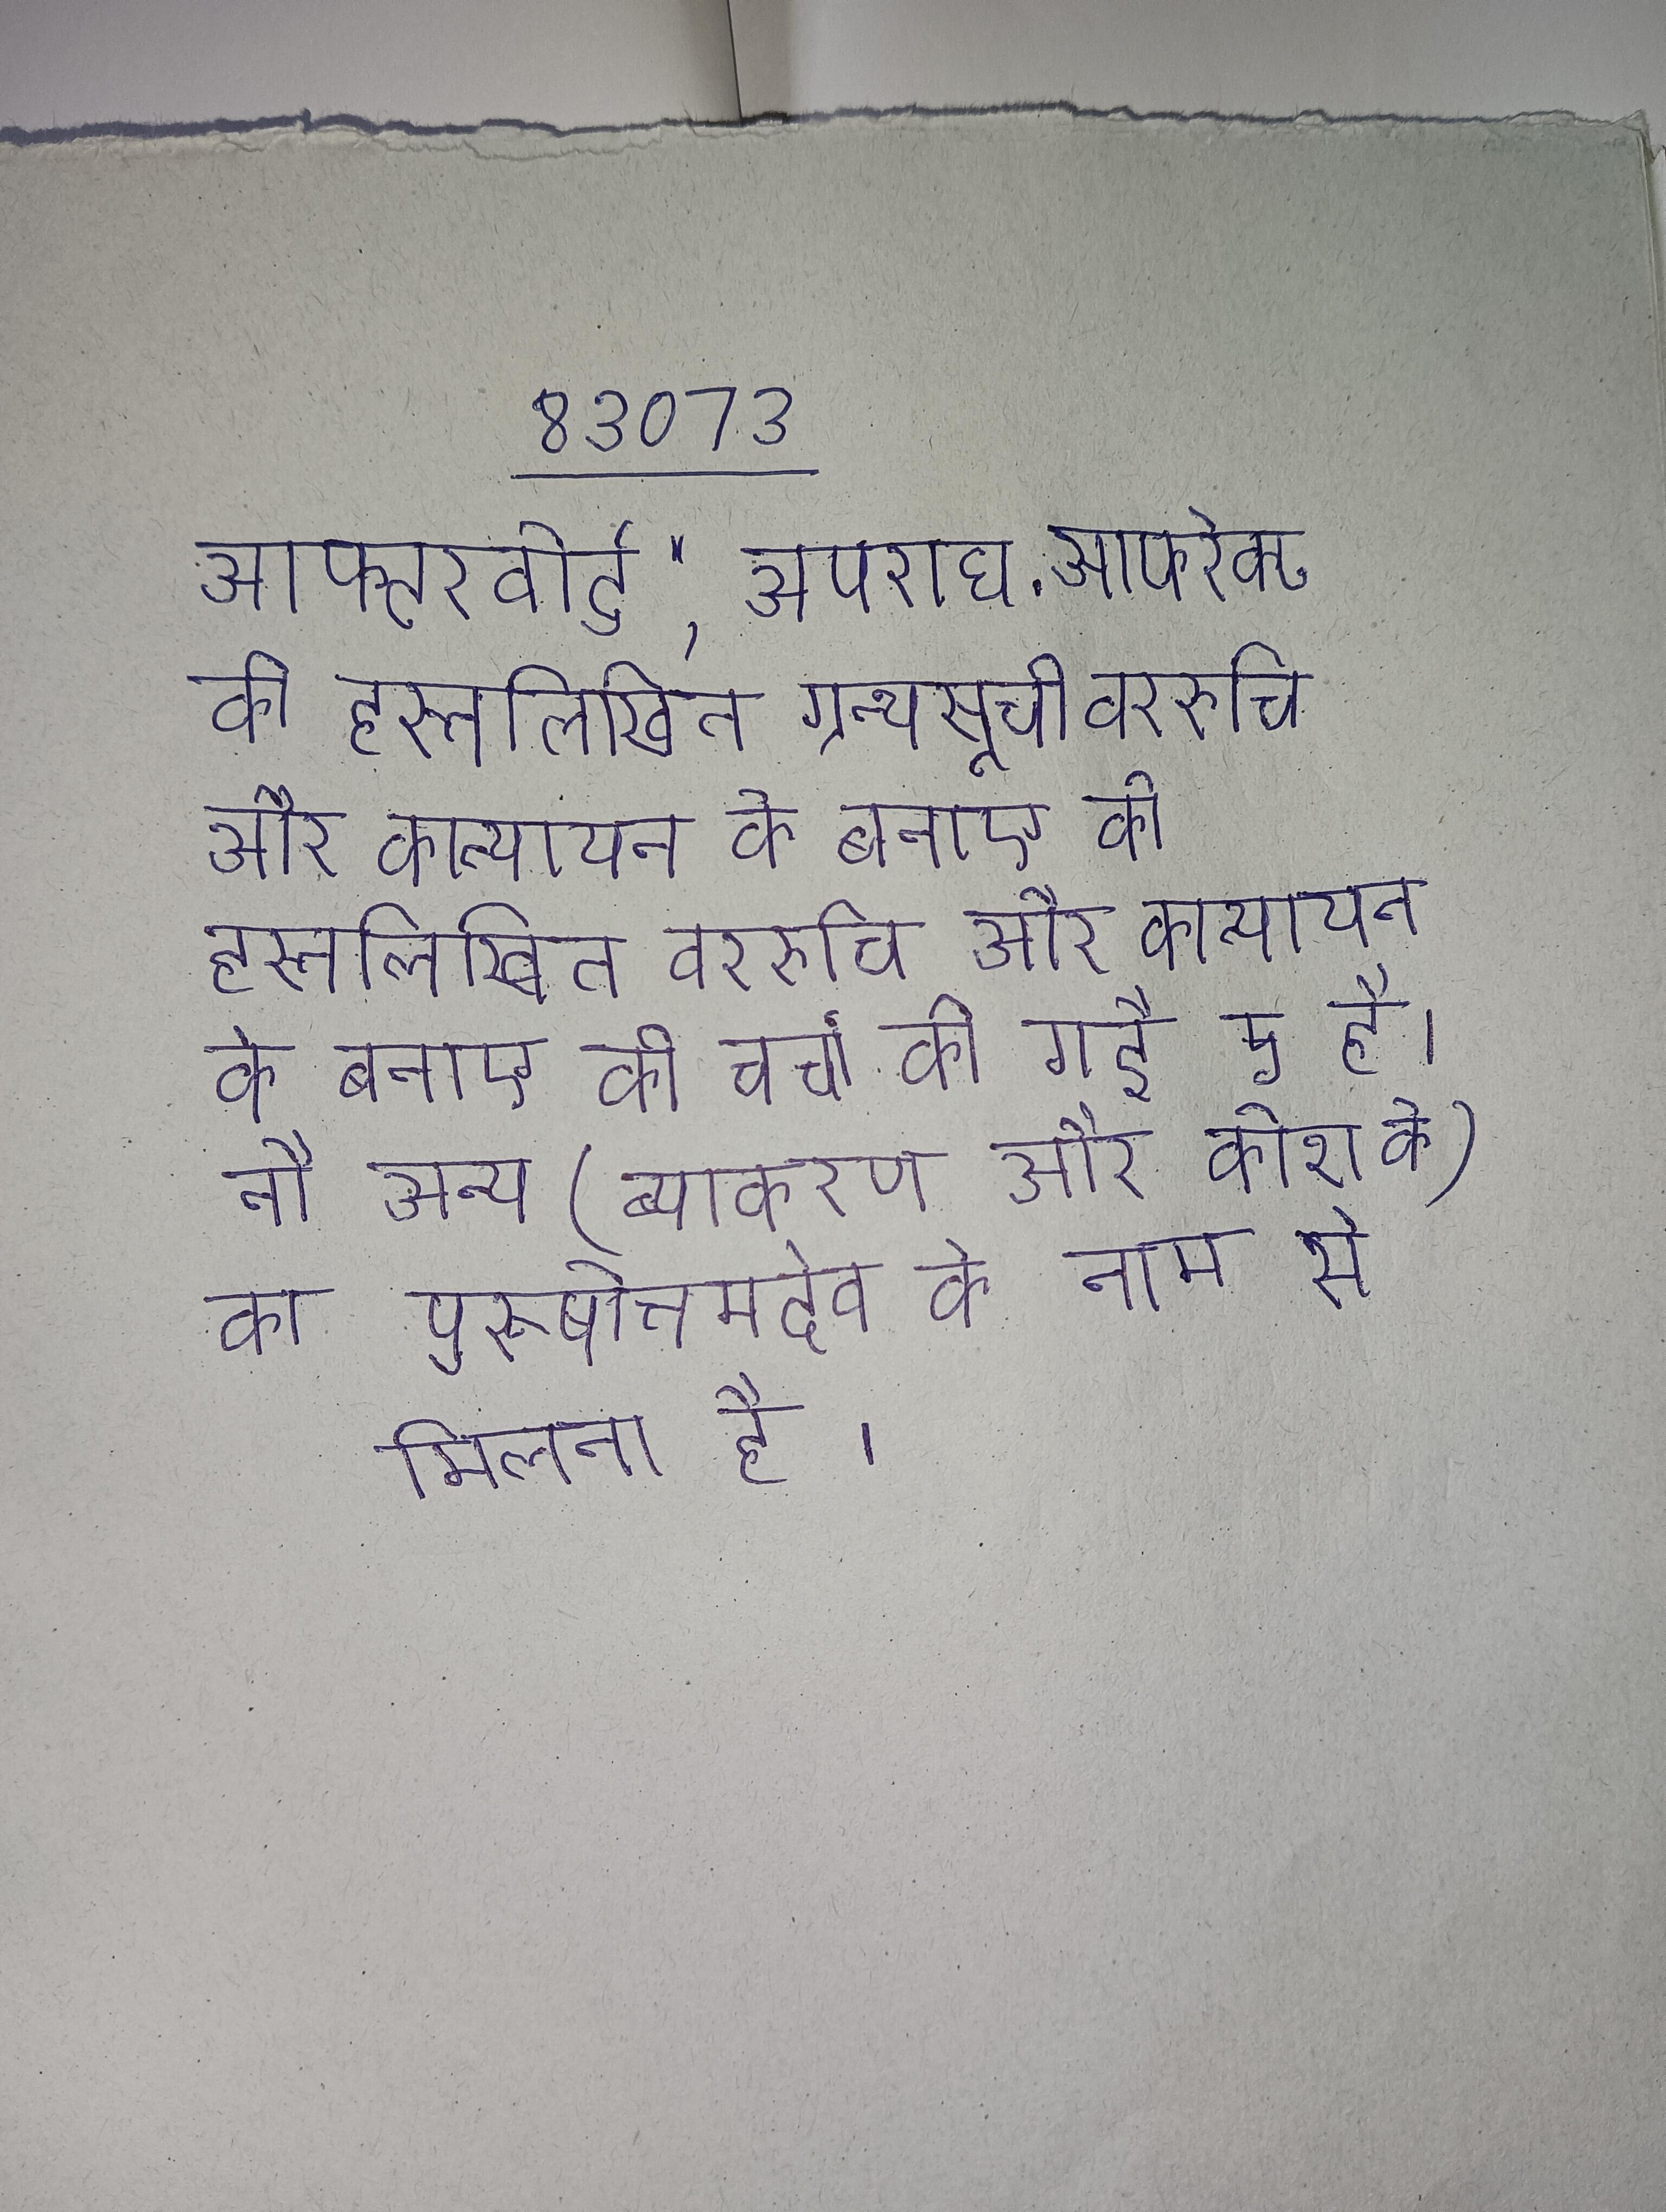
आफ्टरवोर्ड", अपराध . आफ्ऱेक्ट की हस्तलिखित ग्रन्थसूची वररुचि और कात्यायन के बनाए की चर्चा की गई है । की हस्तलिखित वररुचि और कात्यायन के बनाए की चर्चा की गई है । नौ अन्य (ब्याकरण और कोश के) का पुरूषोत्तमदेव के नाम से मिलता है ।